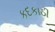
કદકાઠી